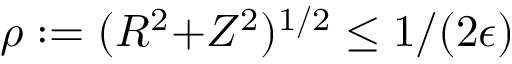
\rho : = ( R ^ { 2 } { + } Z ^ { 2 } ) ^ { 1 / 2 } \le 1 / ( 2 \epsilon )